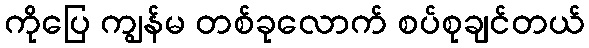
ကိုပြေ ကျွန်မ တစ်ခုလောက် စပ်စုချင်တယ်